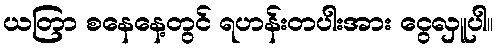
ယတြာ စနေနေ့တွင် ရဟန်းတပါးအား ငွေလှူပါ။